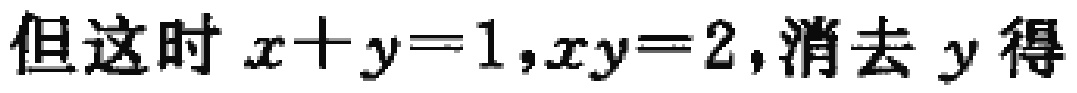
但这时 \(x + y = 1,xy = 2\),消去 \(y\) 得